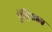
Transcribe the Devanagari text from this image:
ऍड्रिअन